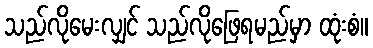
သည်လိုမေးလျှင် သည်လိုဖြေရမည်မှာ ထုံးစံ။